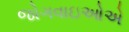
જોગવાઇઓએ